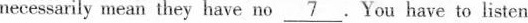
necessarily mean they have no \underline{7} .You have to listen